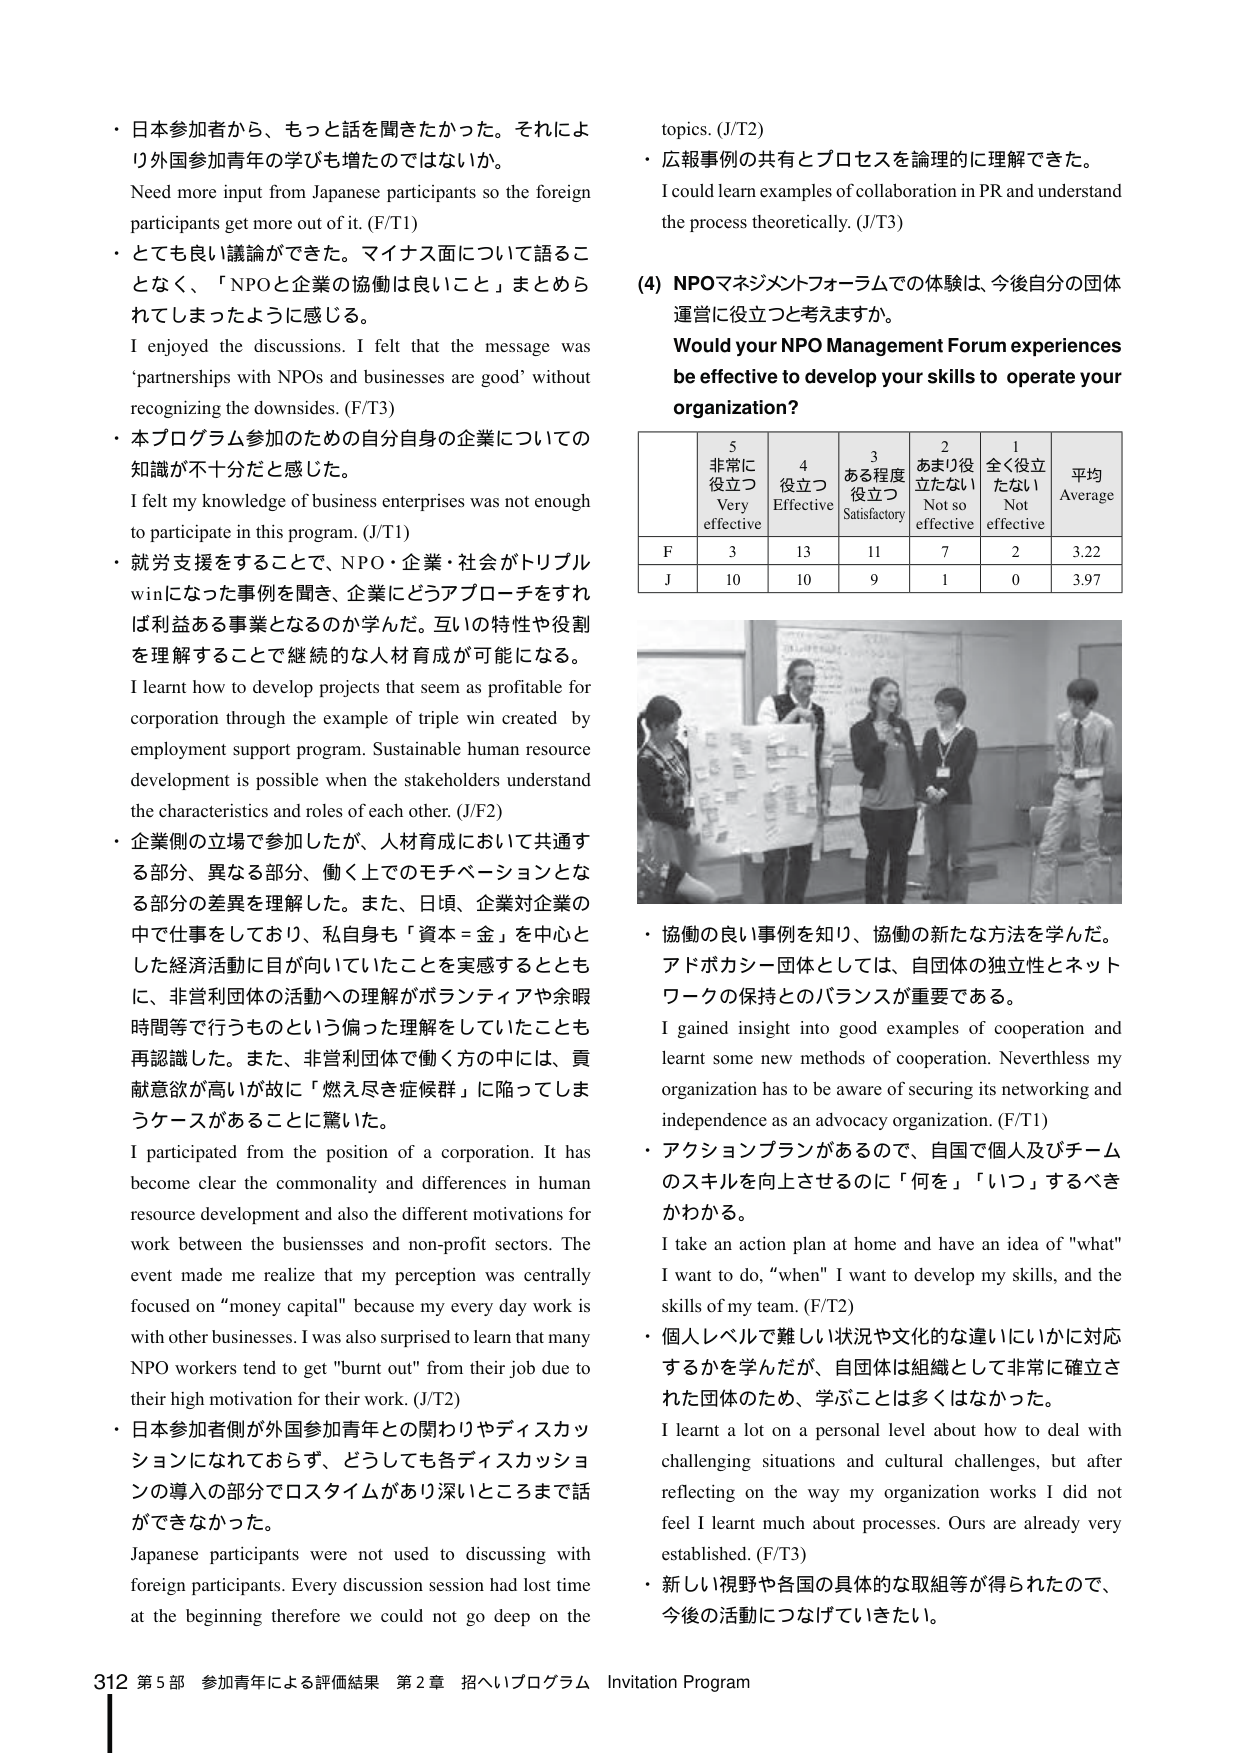
・日本参加者から、もっと話を聞きたかった。それにより外国参加青年の学びも増たのではないかな。
Need more input from Japanese participants so the foreign participants get more out of it. (F/T1)
・とても良い議論ができた。マイナス面について語ることなく、「NPOと企業の協働は良いこと」まとめられてしまったように感じる。
I enjoyed the discussions. I felt that the message was 'partnerships with NPOs and businesses are good' without recognizing the downsides. (F/T3)
・本プログラム参加のための自分自身の企業についての知識が不十分だと感じた。
I felt my knowledge of business enterprises was not enough to participate in this program. (J/T1)
・就労支援をすることで、NPO・企業・社会がトリプルwinになった事例を聞き、企業にどうアプローチをすれば利益ある事業となるのか学んだ。互いの特性や役割を理解することで継続的な人材育成が可能になる。
I learnt how to develop projects that seem as profitable for corporation through the example of triple win created by employment support program. Sustainable human resource development is possible when the stakeholders understand the characteristics and roles of each other. (J/F2)
・企業側の立場で参加したが、人材育成において共通する部分、異なる部分、働く上でのモチベーションとなる部分の差異を理解した。また、日頃、企業対企業の中で仕事をしており、私自身も「資本＝金」を中心とした経済活動に目が向いていたことを実感するとともに、非営利団体の活動への理解がボランティアや余暇時間等で行うものという偏った理解をしていたことも再認識した。また、非営利団体で働く方の中には、貢献意欲が高いが故に「燃え尽き症候群」に陥ってしまうケースがあることに驚いた。
I participated from the position of a corporation. It has become clear the commonality and differences in human resource development and also the different motivations for work between the businesses and non-profit sectors. The event made me realize that my perception was centrally focused on "money capital" because my every day work is with other businesses. I was also surprised to learn that many NPO workers tend to get "burnt out" from their job due to their high motivation for their work. (J/T2)
・日本参加者側が外国参加青年との関わりやディスカッションになれておらず、どうしても各ディスカッションの導入の部分でロスタイムがあり深いところまで話ができなかった。
Japanese participants were not used to discussing with foreign participants. Every discussion session had lost time at the beginning therefore we could not go deep on the topics. (J/T2)
・広報事例の共有とプロセスを論理的に理解できた。
I could learn examples of collaboration in PR and understand the process theoretically. (J/T3)
(4) NPOマネジメントフォーラムでの体験は、今後自分の団体運営に役立つと考えますか。
Would your NPO Management Forum experiences be effective to develop your skills to operate your organization?
5 非常に役立つ Very effective
4 役立つ Effective
3 ある程度役立つ Satisfactory
2 あまり役立たない Not so effective
1 全く役立たない Not effective
平均 Average
F 3 13 11 7 2 3.22
J 10 10 9 1 0 3.97
・協働の良い事例を知り、協働の新たな方法を学んだ。アドボカシー団体としては、自団体の独立性とネットワークの保持とのバランスが重要である。
I gained insight into good examples of cooperation and learnt some new methods of cooperation. Nevertheless my organization has to be aware of securing its networking and independence as an advocacy organization. (F/T1)
・アクションプランがあるので、自国で個人及びチームのスキルを向上させるのに「何を」「いつ」するべきかわかる。
I take an action plan at home and have an idea of "what" I want to do, "when" I want to develop my skills, and the skills of my team. (F/T2)
・個人レベルで難しい状況や文化的な違いにいかに対応するかを学んだが、自団体は組織として非常に確立された団体のため、学ぶことは多くはなかった。
I learnt a lot on a personal level about how to deal with challenging situations and cultural challenges, but after reflecting on the way my organization works I did not feel I learnt much about processes. Ours are already very established. (F/T3)
・新しい視野や各国の具体的な取組等が得られたので、今後の活動につなげていきたい。
312 第5部 参加青年による評価結果 第2章 招へいプログラム Invitation Program